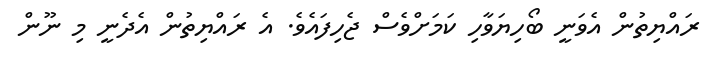
ރައްޔިތުން އެވަނީ ބޯހިޔަވާހި ކަމަށްވެސް ޖެހިފައެވެ. އެ ރައްޔިތުން އެދެނީ މި ނޫން